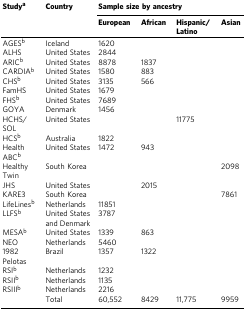
| <ROWSPAN=2> Studya | <ROWSPAN=2> Country | <COLSPAN=4> Sample size by ancestry |
 | European | African | Hispanic/Latino | Asian |
 | --- | --- | --- | --- | --- | --- |
 | AGESb | Iceland | 1620 |  |  |  |
 | ALHS | United States | 2844 |  |  |  |
 | ARICb | United States | 8878 | 1837 |  |  |
 | CARDIAb | United States | 1580 | 883 |  |  |
 | CHSb | United States | 3135 | 566 |  |  |
 | FamHS | United States | 1679 |  |  |  |
 | FHSb | United States | 7689 |  |  |  |
 | GOYA | Denmark | 1456 |  |  |  |
 | HCHS/SOL | United States |  |  | 11775 |  |
 | HCSb | Australia | 1822 |  |  |  |
 | Health ABCb | United States | 1472 | 943 |  |  |
 | Healthy Twin | South Korea |  |  |  | 2098 |
 | JHS | United States |  | 2015 |  |  |
 | KARE3 | South Korea |  |  |  | 7861 |
 | LifeLinesb | Netherlands | 11851 |  |  |  |
 | LLFSb | United States and Denmark | 3787 |  |  |  |
 | MESAb | United States | 1339 | 863 |  |  |
 | NEO | Netherlands | 5460 |  |  |  |
 | 1982 Pelotas | Brazil | 1357 | 1322 |  |  |
 | RSIb | Netherlands | 1232 |  |  |  |
 | RSIIb | Netherlands | 1135 |  |  |  |
 | RSIIIb | Netherlands | 2216 |  |  |  |
 |  | Total | 60,552 | 8429 | 11,775 | 9959 |